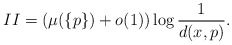
\begin{align*}II = (\mu(\{p\}) +o(1)) \log\frac 1{d(x, p)} .\end{align*}